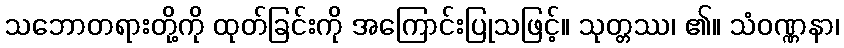
သဘောတရားတို့ကို ထုတ်ခြင်းကို အကြောင်းပြုသဖြင့်။ သုတ္တဿ၊ ၏။ သံဝဏ္ဏနာ၊